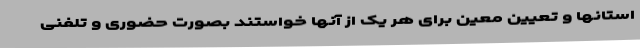
استانها و تعیین معین برای هر یک از آنها خواستند بصورت حضوری و تلفنی